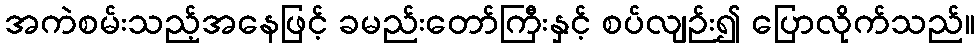
အကဲစမ်းသည့်အနေဖြင့် ခမည်းတော်ကြီးနှင့် စပ်လျဉ်း၍ ပြောလိုက်သည်။